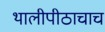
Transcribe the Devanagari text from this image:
थालीपीठाचाच